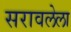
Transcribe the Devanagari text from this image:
सरावलेला